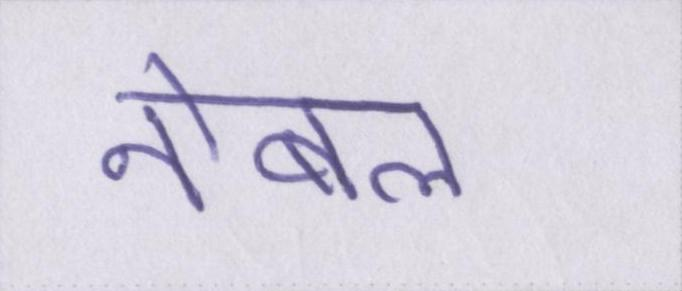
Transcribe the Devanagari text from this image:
नोबल